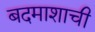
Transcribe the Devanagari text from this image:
बदमाशाची